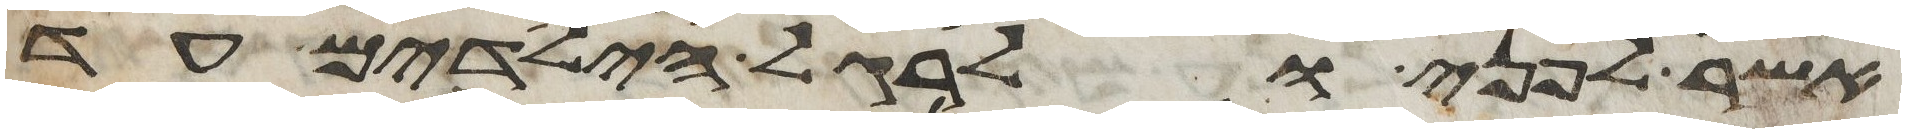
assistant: אשר לפני ולרגל הילדים עד